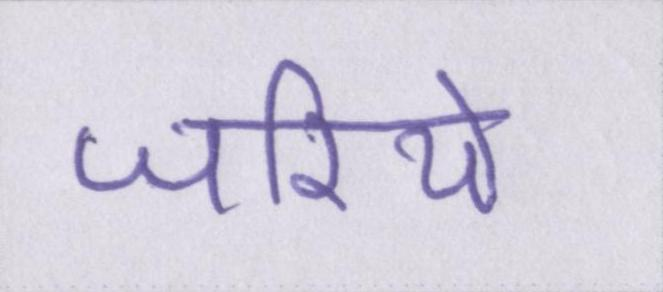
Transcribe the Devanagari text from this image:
जरिये